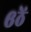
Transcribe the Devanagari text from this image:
६ठें